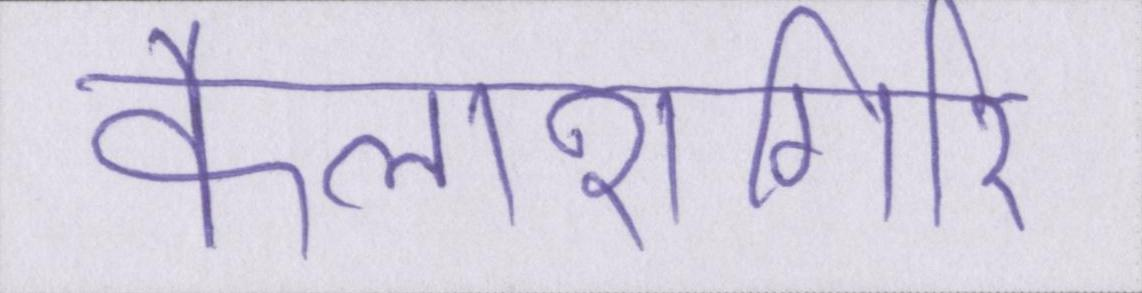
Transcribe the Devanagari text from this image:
कैलाशगिरि